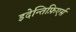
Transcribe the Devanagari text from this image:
इदेन्तिफ़िएर्स